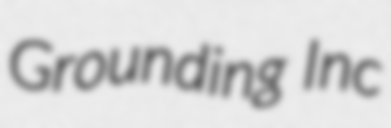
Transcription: Grounding Inc